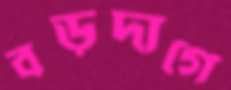
বড়দাগে